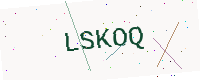
Text: LSKOQ